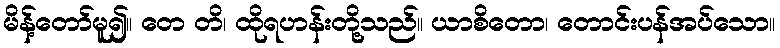
မိန့်တော်မူ၍။ တေ တိ၊ ထိုရဟန်းတို့သည်။ ယာစိတော၊ တောင်းပန်အပ်သော။